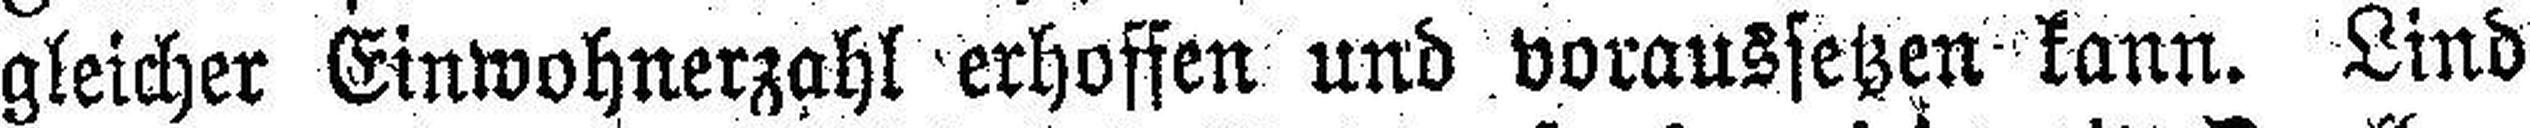
gleicher Einwohnerzahl erhoffen und voraussetzen kann. Lind